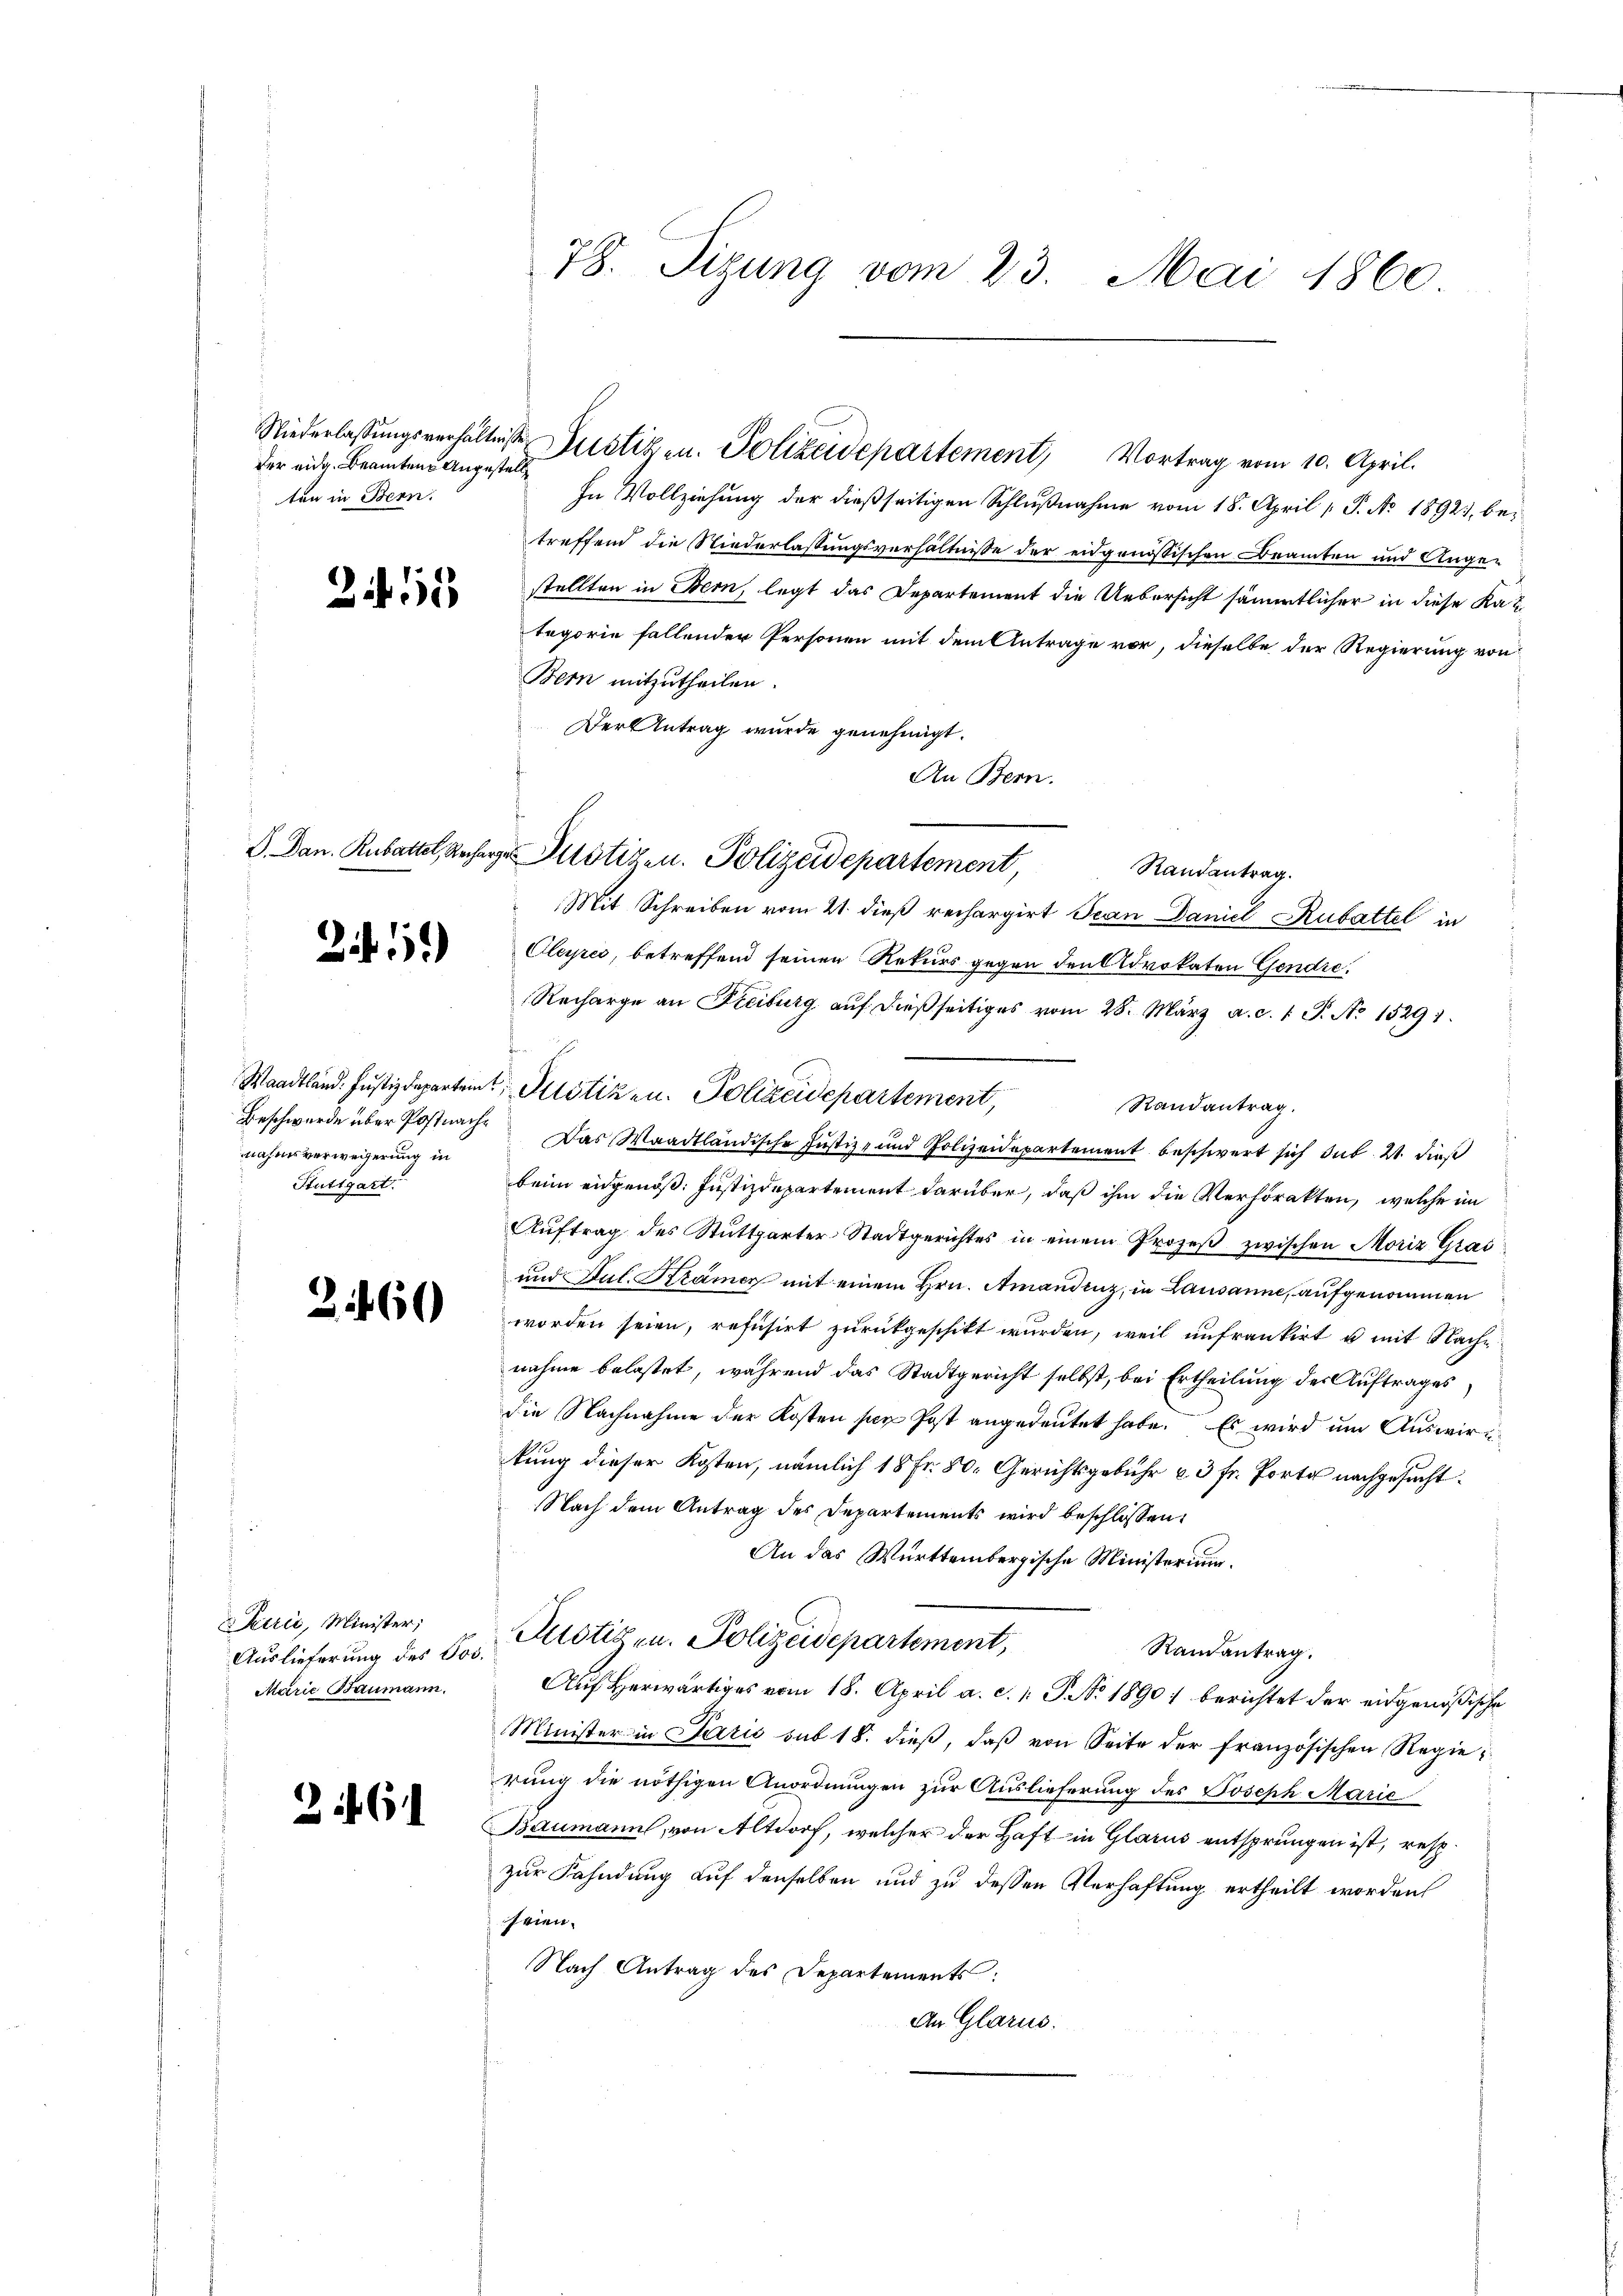
der eidg. Beamten Angestell
ten in Stern.

2415

211)

nahmsverwegerung in
Stuttgart

21160

Perić, Minister;
Auslieferung des Jos.
Marie Baumann.

36

78. Sizung vom 23. Mai 1860

In Vollziehung der dießseitigen Schlußnahme vom 18. April [ P. No 1892, bei
treffend die Niederlassungsverhältnisse der eidgenössischen Beamten und Angestellten in Bern, legt das Departement die Uebersicht sämmtlicher in diese Kat
tegorie fallender Personen mit dem Antrage vor, dieselbe der Regierung von
Bern mitzutheilen.
Der Antrag wurde genehmigt.
An Bern.
Randantrag.
Mit Schreiben vom 21. dieß rechargirt Jean Daniel Rubattel in
Oleyres, betreffend seinen Rekurs gegen den Advokaten Gendre,
Recharge an Freiburg auf dießseitiges vom 28. März a. c. 1 P. No 1529).
Randantrag.
Beschwerde über Postnach. Das Waadtländische Justiz- und Polizeidepartement beschwert sich sub. 21. dieß
beim eidgenöß: Justizdepartement darüber, daß ihm die Verhörakten, welche im
Aŭftrag des Stuttgarter-Stadtgerichtes in einem Prozeβ zwischen Moriz Grai
und Jul. Krämer mit einem Hrn. Amandenz, in Lausanne, aufgenommen
worden seien, refusirt zurückgeschikt wurden, weil unfrankirt u. mit Nachnahme belastet, während das Stadtgericht selbst, bei Ertheilung der Auftrages
die Nachnahme der Kosten per Post angedeutet habe. Es wird um Auswirkkung dieser Kosten, nämlich 18 Fr. 50. Gerichtsgebühr u. 3 fr. fort nachgesucht.
Nach dem Antrag des Departements wird beschlossen:
An das Württembergische Ministerium.
Justigen. Polizeidepartement,
Randantrag.
Auf herwärtiges vom 18. April a. c. 1. P. Nr. 1890 berichtet der eidgenößische
Minister in Paris sub 18. dieß, daß von Seite der französischen Regierung die nöthigen Anordnungen zur Auslieferung des Joseph Marie
Baumann, von Altdorf, welcher der Haft in Glarus entsprungen ist, resp.
zur Fahndung auf denselben und zu dessen Verhaftung ertheilt worden
seien.
Nach Antrag des Departements
An Glarus.

G. Dan. Rabattel, Recharge Potizen. Polizeidepartement,

Waadtland. Justizdepartem Petitiken. Polizeidepartement,

Niederlassŭngsverhältniße Justizen. Polizeidepartement, Vortrag vom 10. April.